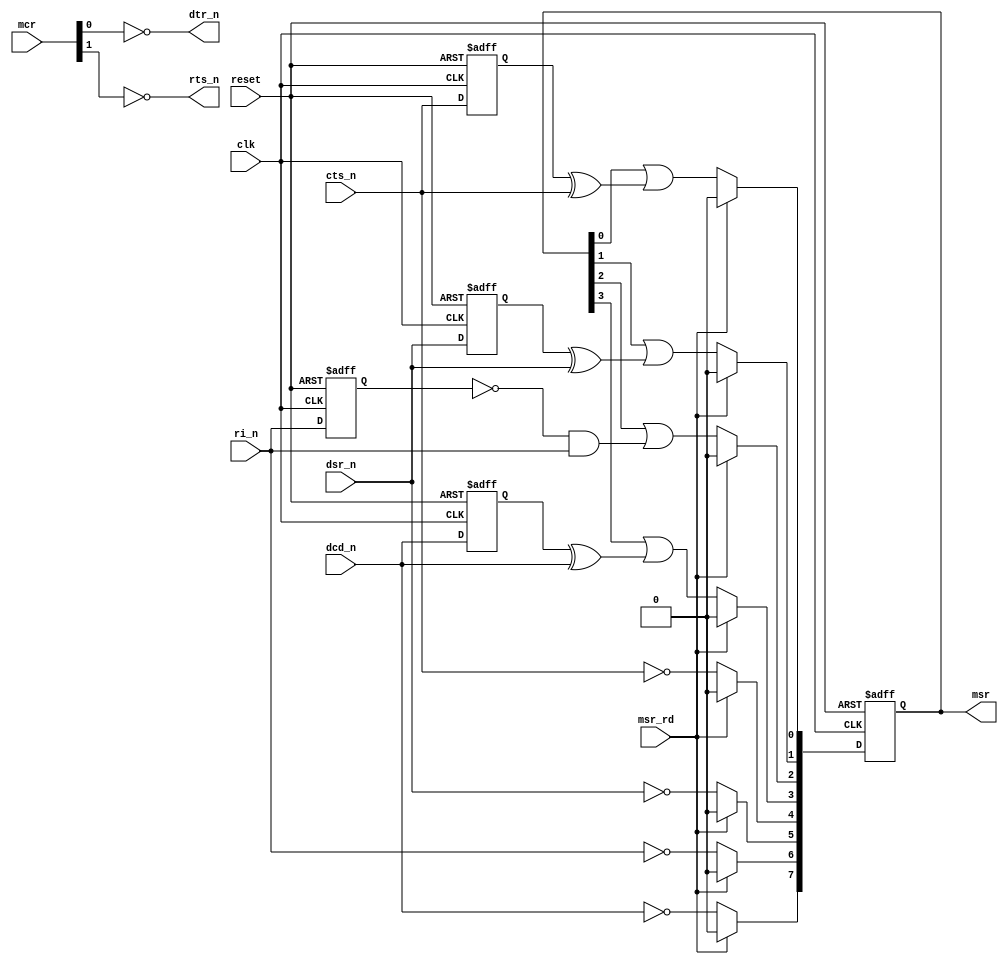
module modem #(parameter WB_DAT_WIDTH = 8)
   (
    // Global reset and clock
    input reset,
    input clk,
    
    // Registers
    output [WB_DAT_WIDTH-1:0] msr, // Modem Status Reg
    input [1:0] mcr, // Modem Control Reg
    
    // Rising Edge of msr Read Strobe
    input msr_rd, // pulse indicating rising of MsrRDn_r
    
    // Modem interface
    input dcd_n, // Data Carrier Detect
    input cts_n, // Clear To Send
    input dsr_n, // Data Set Ready
    input ri_n, // Ring Indicator
    output dtr_n, // Data Terminal Ready
    output rts_n // Request To Send
    );
   
   reg [WB_DAT_WIDTH-1:0] msr_reg;
   reg 			  ctsn_d1;
   reg 			  dsrn_d1;
   reg 			  dcdn_d1;
   reg 			  rin_d1;
   
   assign dtr_n = ~mcr[0];
   assign rts_n = ~mcr[1];
   
   ////////////////////////////////////////////////////////////////////////////////
     //      Modem Status Register Setup
   ////////////////////////////////////////////////////////////////////////////////
   
   assign msr = msr_reg;
   
   always @(posedge clk or posedge reset)  begin
      if (reset) begin
         msr_reg <= 0;
         ctsn_d1 <= 1'b1;
         dsrn_d1 <= 1'b1;
         dcdn_d1 <= 1'b1;
         rin_d1  <= 1'b1;
        end
      else  begin
         ctsn_d1 <= cts_n;
         dsrn_d1 <= dsr_n;
         dcdn_d1 <= dcd_n;
         rin_d1  <= ri_n ;
         if (msr_rd) 
           msr_reg <= 0;
         else begin
            msr_reg[0] <= msr_reg[0] | (ctsn_d1 ^ cts_n); // Indicate CTSn changes
            msr_reg[1] <= msr_reg[1] | (dsrn_d1 ^ dsr_n); // Indicate DSRn changes
            msr_reg[2] <= msr_reg[2] | (~rin_d1 & ri_n ); // Rising edge of RI    
            msr_reg[3] <= msr_reg[3] | (dcdn_d1 ^ dcd_n); // Indicate DCDn changes
            msr_reg[4] <= !cts_n;  // Compliment of CTSn
            msr_reg[5] <= !dsr_n;  // Compliment of DSRn
            msr_reg[6] <= !ri_n ;  // Compliment of RIn 
            msr_reg[7] <= !dcd_n;  // Compliment of DCDn
         end
      end
   end

endmodule